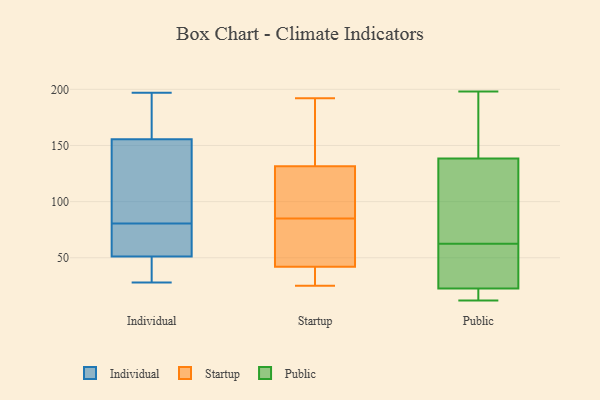
{"axis": {"x": "Active Users", "y": "Value"}, "legend": ["Individual", "Public", "Startup"], "data": [{"x": "", "y": 60, "type": "Individual"}, {"x": "", "y": 96, "type": "Individual"}, {"x": "", "y": 44, "type": "Individual"}, {"x": "", "y": 62, "type": "Individual"}, {"x": "", "y": 186, "type": "Individual"}, {"x": "", "y": 28, "type": "Individual"}, {"x": "", "y": 53, "type": "Individual"}, {"x": "", "y": 177, "type": "Individual"}, {"x": "", "y": 137, "type": "Individual"}, {"x": "", "y": 109, "type": "Individual"}, {"x": "", "y": 136, "type": "Individual"}, {"x": "", "y": 174, "type": "Individual"}, {"x": "", "y": 49, "type": "Individual"}, {"x": "", "y": 65, "type": "Individual"}, {"x": "", "y": 197, "type": "Individual"}, {"x": "", "y": 37, "type": "Individual"}, {"x": "", "y": 192, "type": "Startup"}, {"x": "", "y": 80, "type": "Startup"}, {"x": "", "y": 123, "type": "Startup"}, {"x": "", "y": 90, "type": "Startup"}, {"x": "", "y": 42, "type": "Startup"}, {"x": "", "y": 140, "type": "Startup"}, {"x": "", "y": 25, "type": "Startup"}, {"x": "", "y": 146, "type": "Startup"}, {"x": "", "y": 28, "type": "Startup"}, {"x": "", "y": 59, "type": "Startup"}, {"x": "", "y": 42, "type": "Startup"}, {"x": "", "y": 112, "type": "Startup"}, {"x": "", "y": 116, "type": "Public"}, {"x": "", "y": 159, "type": "Public"}, {"x": "", "y": 198, "type": "Public"}, {"x": "", "y": 12, "type": "Public"}, {"x": "", "y": 24, "type": "Public"}, {"x": "", "y": 21, "type": "Public"}, {"x": "", "y": 155, "type": "Public"}, {"x": "", "y": 28, "type": "Public"}, {"x": "", "y": 47, "type": "Public"}, {"x": "", "y": 78, "type": "Public"}, {"x": "", "y": 122, "type": "Public"}, {"x": "", "y": 19, "type": "Public"}]}